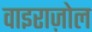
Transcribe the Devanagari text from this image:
वाइराज़ोल